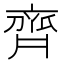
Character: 齊